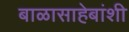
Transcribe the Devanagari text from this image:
बाळासाहेबांशी